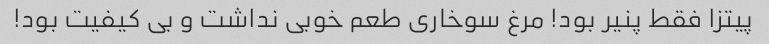
پیتزا فقط پنیر بود! مرغ سوخاری طعم خوبی نداشت و بی کیفیت بود!